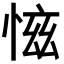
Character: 𢜚